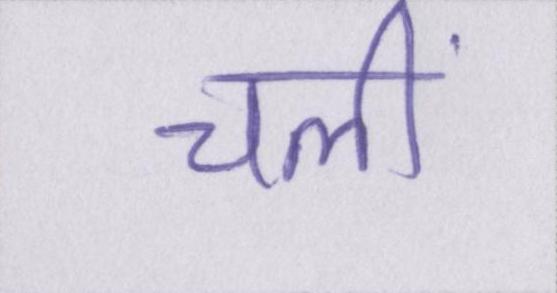
चलीं